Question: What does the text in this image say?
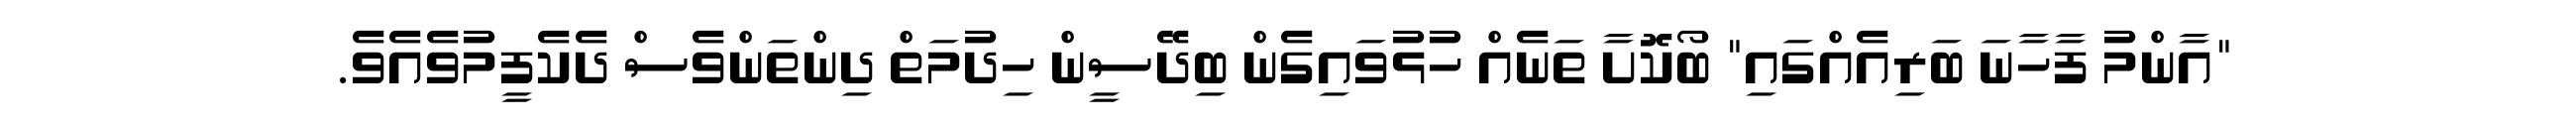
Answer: "އާންމު ފާހާނަ ބަރިއެއްގައި" ބޯކޮށާ ތަނެއް ހުޅުވައިގެން ބިދޭސީން ހިދުމަތް ދިންތަންވެސް ދެކެފީމުވެއެވެ.